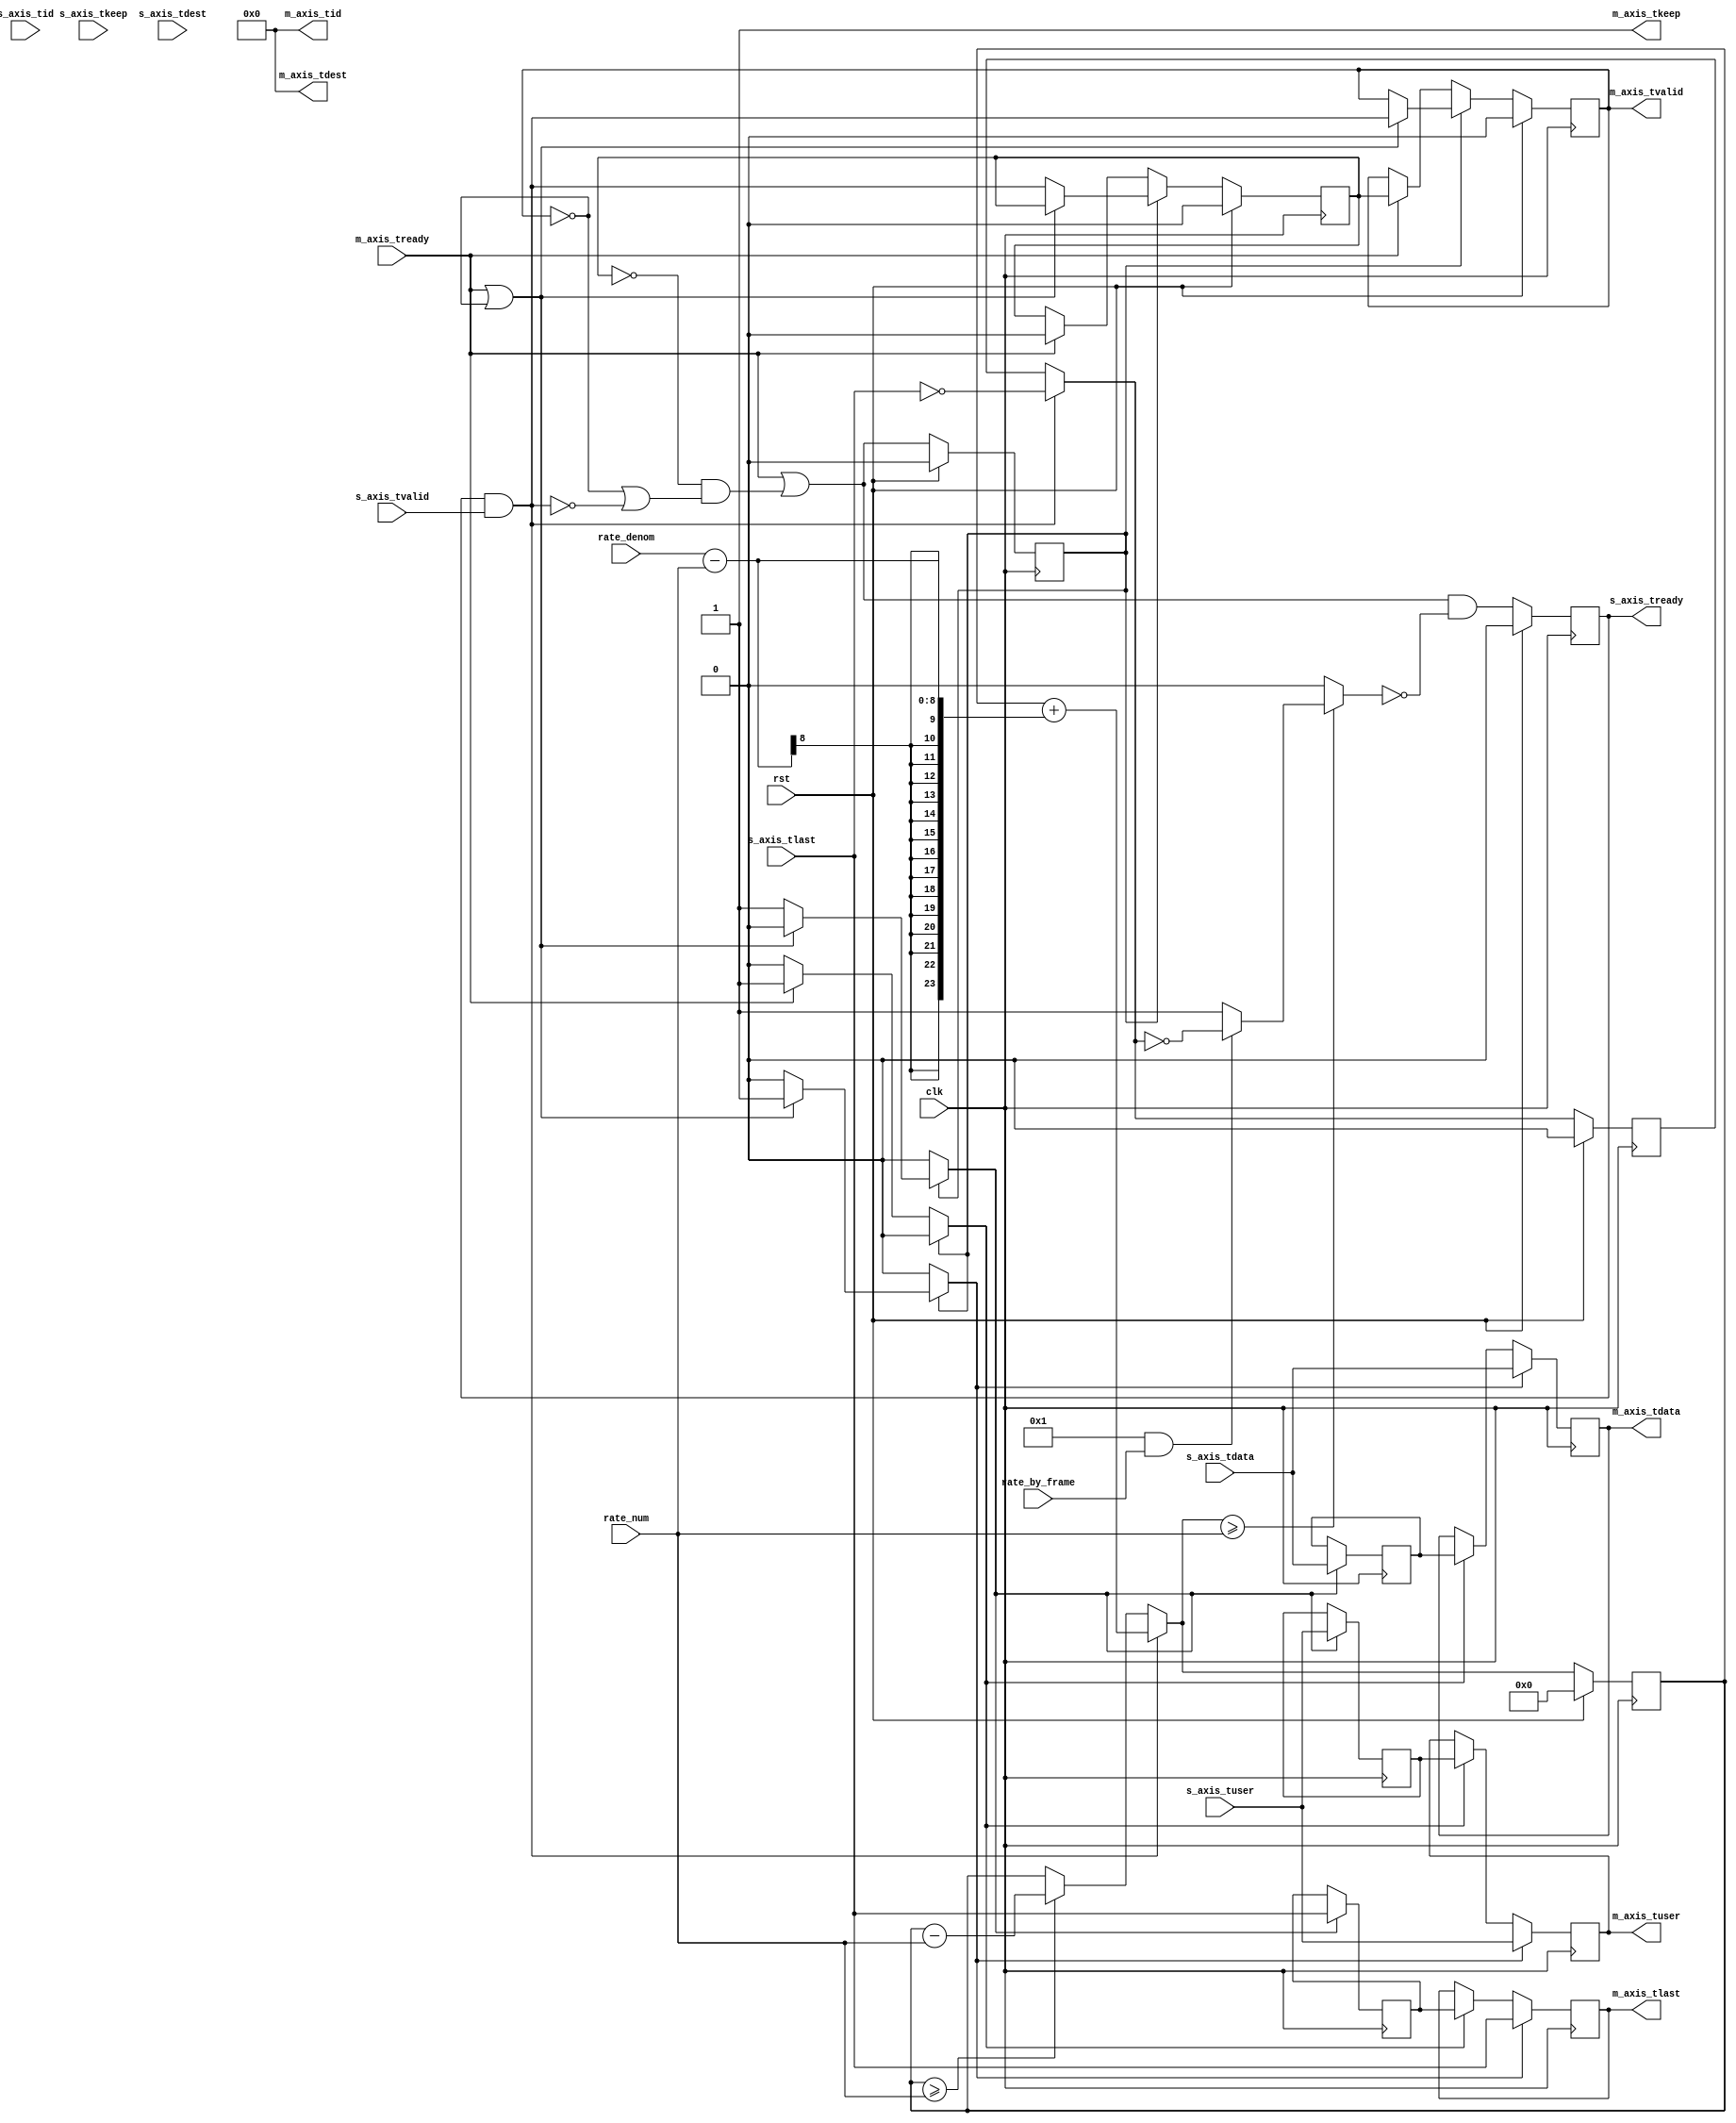
module axis_rate_limit #
(
    // Width of AXI stream interfaces in bits
    parameter DATA_WIDTH = 8,
    // Propagate tkeep signal
    // If disabled, tkeep assumed to be 1'b1
    parameter KEEP_ENABLE = (DATA_WIDTH>8),
    // tkeep signal width (words per cycle)
    parameter KEEP_WIDTH = (DATA_WIDTH/8),
    // Propagate tlast signal
    parameter LAST_ENABLE = 1,
    // Propagate tid signal
    parameter ID_ENABLE = 0,
    // tid signal width
    parameter ID_WIDTH = 8,
    // Propagate tdest signal
    parameter DEST_ENABLE = 0,
    // tdest signal width
    parameter DEST_WIDTH = 8,
    // Propagate tuser signal
    parameter USER_ENABLE = 1,
    // tuser signal width
    parameter USER_WIDTH = 1
)
(
    input  wire                   clk,
    input  wire                   rst,
    /*
     */
    input  wire [DATA_WIDTH-1:0]  s_axis_tdata,
    input  wire [KEEP_WIDTH-1:0]  s_axis_tkeep,
    input  wire                   s_axis_tvalid,
    output wire                   s_axis_tready,
    input  wire                   s_axis_tlast,
    input  wire [ID_WIDTH-1:0]    s_axis_tid,
    input  wire [DEST_WIDTH-1:0]  s_axis_tdest,
    input  wire [USER_WIDTH-1:0]  s_axis_tuser,
    /*
     */
    output wire [DATA_WIDTH-1:0]  m_axis_tdata,
    output wire [KEEP_WIDTH-1:0]  m_axis_tkeep,
    output wire                   m_axis_tvalid,
    input  wire                   m_axis_tready,
    output wire                   m_axis_tlast,
    output wire [ID_WIDTH-1:0]    m_axis_tid,
    output wire [DEST_WIDTH-1:0]  m_axis_tdest,
    output wire [USER_WIDTH-1:0]  m_axis_tuser,
    /*
     */
    input  wire [7:0]             rate_num,
    input  wire [7:0]             rate_denom,
    input  wire                   rate_by_frame
);
// internal datapath
reg  [DATA_WIDTH-1:0] m_axis_tdata_int;
reg  [KEEP_WIDTH-1:0] m_axis_tkeep_int;
reg                   m_axis_tvalid_int;
reg                   m_axis_tready_int_reg = 1'b0;
reg                   m_axis_tlast_int;
reg  [ID_WIDTH-1:0]   m_axis_tid_int;
reg  [DEST_WIDTH-1:0] m_axis_tdest_int;
reg  [USER_WIDTH-1:0] m_axis_tuser_int;
wire                  m_axis_tready_int_early;
reg [23:0] acc_reg = 24'd0, acc_next;
reg pause;
reg frame_reg = 1'b0, frame_next;
reg s_axis_tready_reg = 1'b0, s_axis_tready_next;
assign s_axis_tready = s_axis_tready_reg;
always @* begin
    acc_next = acc_reg;
    pause = 1'b0;
    frame_next = frame_reg;
    if (acc_reg >= rate_num) begin
        acc_next = acc_reg - rate_num;
    end
    if (s_axis_tready && s_axis_tvalid) begin
        // read input
        frame_next = !s_axis_tlast;
        acc_next = acc_reg + (rate_denom - rate_num);
    end
    if (acc_next >= rate_num) begin
        if (LAST_ENABLE && rate_by_frame) begin
            pause = !frame_next;
        end else begin
            pause = 1'b1;
        end
    end
    s_axis_tready_next = m_axis_tready_int_early && !pause;
    m_axis_tdata_int  = s_axis_tdata;
    m_axis_tkeep_int  = s_axis_tkeep;
    m_axis_tvalid_int = s_axis_tvalid && s_axis_tready;
    m_axis_tlast_int  = s_axis_tlast;
    m_axis_tid_int    = s_axis_tid;
    m_axis_tdest_int  = s_axis_tdest;
    m_axis_tuser_int  = s_axis_tuser;
end
always @(posedge clk) begin
    if (rst) begin
        acc_reg <= 24'd0;
        frame_reg <= 1'b0;
        s_axis_tready_reg <= 1'b0;
    end else begin
        acc_reg <= acc_next;
        frame_reg <= frame_next;
        s_axis_tready_reg <= s_axis_tready_next;
    end
end
// output datapath logic
reg [DATA_WIDTH-1:0] m_axis_tdata_reg  = {DATA_WIDTH{1'b0}};
reg [KEEP_WIDTH-1:0] m_axis_tkeep_reg  = {KEEP_WIDTH{1'b0}};
reg                  m_axis_tvalid_reg = 1'b0, m_axis_tvalid_next;
reg                  m_axis_tlast_reg  = 1'b0;
reg [ID_WIDTH-1:0]   m_axis_tid_reg    = {ID_WIDTH{1'b0}};
reg [DEST_WIDTH-1:0] m_axis_tdest_reg  = {DEST_WIDTH{1'b0}};
reg [USER_WIDTH-1:0] m_axis_tuser_reg  = {USER_WIDTH{1'b0}};
reg [DATA_WIDTH-1:0] temp_m_axis_tdata_reg  = {DATA_WIDTH{1'b0}};
reg [KEEP_WIDTH-1:0] temp_m_axis_tkeep_reg  = {KEEP_WIDTH{1'b0}};
reg                  temp_m_axis_tvalid_reg = 1'b0, temp_m_axis_tvalid_next;
reg                  temp_m_axis_tlast_reg  = 1'b0;
reg [ID_WIDTH-1:0]   temp_m_axis_tid_reg    = {ID_WIDTH{1'b0}};
reg [DEST_WIDTH-1:0] temp_m_axis_tdest_reg  = {DEST_WIDTH{1'b0}};
reg [USER_WIDTH-1:0] temp_m_axis_tuser_reg  = {USER_WIDTH{1'b0}};
// datapath control
reg store_axis_int_to_output;
reg store_axis_int_to_temp;
reg store_axis_temp_to_output;
assign m_axis_tdata  = m_axis_tdata_reg;
assign m_axis_tkeep  = KEEP_ENABLE ? m_axis_tkeep_reg : {KEEP_WIDTH{1'b1}};
assign m_axis_tvalid = m_axis_tvalid_reg;
assign m_axis_tlast  = LAST_ENABLE ? m_axis_tlast_reg : 1'b1;
assign m_axis_tid    = ID_ENABLE   ? m_axis_tid_reg   : {ID_WIDTH{1'b0}};
assign m_axis_tdest  = DEST_ENABLE ? m_axis_tdest_reg : {DEST_WIDTH{1'b0}};
assign m_axis_tuser  = USER_ENABLE ? m_axis_tuser_reg : {USER_WIDTH{1'b0}};
// enable ready input next cycle if output is ready or the temp reg will not be filled on the next cycle (output reg empty or no input)
assign m_axis_tready_int_early = m_axis_tready || (!temp_m_axis_tvalid_reg && (!m_axis_tvalid_reg || !m_axis_tvalid_int));
always @* begin
    // transfer sink ready state to source
    m_axis_tvalid_next = m_axis_tvalid_reg;
    temp_m_axis_tvalid_next = temp_m_axis_tvalid_reg;
    store_axis_int_to_output = 1'b0;
    store_axis_int_to_temp = 1'b0;
    store_axis_temp_to_output = 1'b0;
    if (m_axis_tready_int_reg) begin
        // input is ready
        if (m_axis_tready || !m_axis_tvalid_reg) begin
            // output is ready or currently not valid, transfer data to output
            m_axis_tvalid_next = m_axis_tvalid_int;
            store_axis_int_to_output = 1'b1;
        end else begin
            // output is not ready, store input in temp
            temp_m_axis_tvalid_next = m_axis_tvalid_int;
            store_axis_int_to_temp = 1'b1;
        end
    end else if (m_axis_tready) begin
        // input is not ready, but output is ready
        m_axis_tvalid_next = temp_m_axis_tvalid_reg;
        temp_m_axis_tvalid_next = 1'b0;
        store_axis_temp_to_output = 1'b1;
    end
end
always @(posedge clk) begin
    if (rst) begin
        m_axis_tvalid_reg <= 1'b0;
        m_axis_tready_int_reg <= 1'b0;
        temp_m_axis_tvalid_reg <= 1'b0;
    end else begin
        m_axis_tvalid_reg <= m_axis_tvalid_next;
        m_axis_tready_int_reg <= m_axis_tready_int_early;
        temp_m_axis_tvalid_reg <= temp_m_axis_tvalid_next;
    end
    // datapath
    if (store_axis_int_to_output) begin
        m_axis_tdata_reg <= m_axis_tdata_int;
        m_axis_tkeep_reg <= m_axis_tkeep_int;
        m_axis_tlast_reg <= m_axis_tlast_int;
        m_axis_tid_reg   <= m_axis_tid_int;
        m_axis_tdest_reg <= m_axis_tdest_int;
        m_axis_tuser_reg <= m_axis_tuser_int;
    end else if (store_axis_temp_to_output) begin
        m_axis_tdata_reg <= temp_m_axis_tdata_reg;
        m_axis_tkeep_reg <= temp_m_axis_tkeep_reg;
        m_axis_tlast_reg <= temp_m_axis_tlast_reg;
        m_axis_tid_reg   <= temp_m_axis_tid_reg;
        m_axis_tdest_reg <= temp_m_axis_tdest_reg;
        m_axis_tuser_reg <= temp_m_axis_tuser_reg;
    end
    if (store_axis_int_to_temp) begin
        temp_m_axis_tdata_reg <= m_axis_tdata_int;
        temp_m_axis_tkeep_reg <= m_axis_tkeep_int;
        temp_m_axis_tlast_reg <= m_axis_tlast_int;
        temp_m_axis_tid_reg   <= m_axis_tid_int;
        temp_m_axis_tdest_reg <= m_axis_tdest_int;
        temp_m_axis_tuser_reg <= m_axis_tuser_int;
    end
end
endmodule